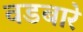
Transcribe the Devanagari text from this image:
वडबारे